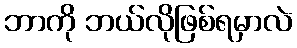
ဘာကို ဘယ်လိုဖြစ်ရမှာလဲ